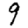
Digit: 9